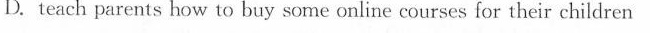
D. teach parents how to buy some online courses for their children